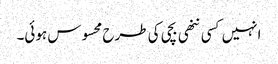
انہیں کسی ننھی بچی کی طرح محسوس ہوئی۔